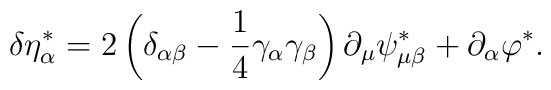
\delta \eta _\alpha ^{*}=2\left( \delta _{\alpha \beta }-\frac14\gamma _\alpha \gamma _\beta \right) \partial _\mu \psi _{\mu \beta}^{*}+\partial _\alpha \varphi ^{*}.